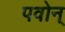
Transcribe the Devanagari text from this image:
पवोन्